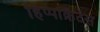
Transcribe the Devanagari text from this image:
हिप्पोक्रैटस